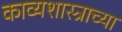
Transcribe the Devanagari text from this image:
काव्यशास्त्राच्या